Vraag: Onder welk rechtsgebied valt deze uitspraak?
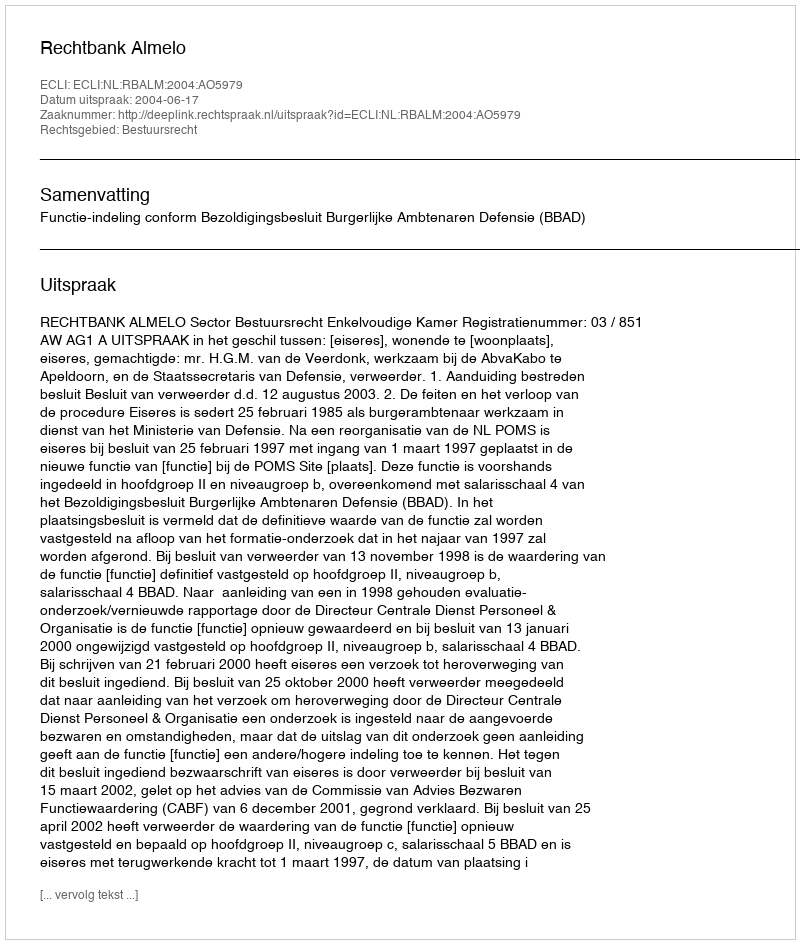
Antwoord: Bestuursrecht